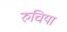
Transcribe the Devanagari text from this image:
रुचिया